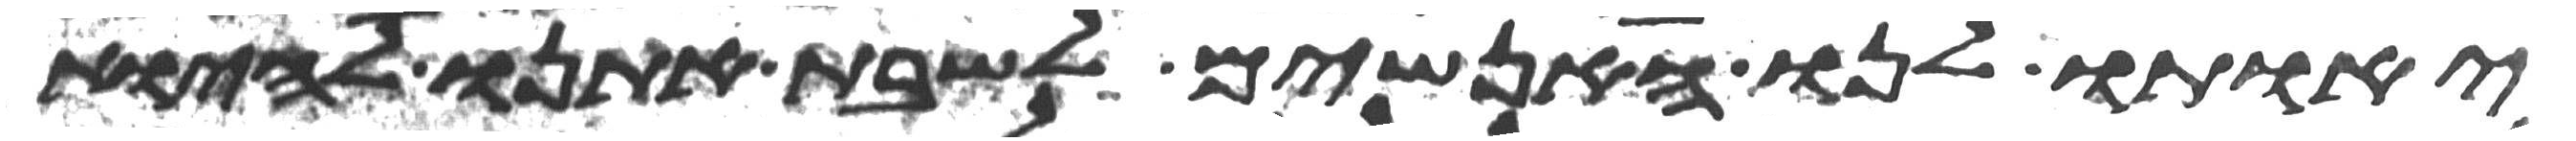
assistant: יאותו לנו האנשים לשבת אתנו להיות